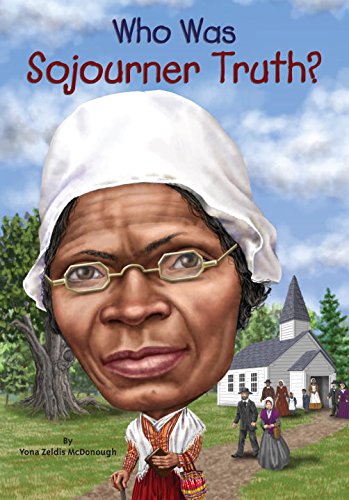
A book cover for Who Was Sojourner Truth?; Yona Zeldis McDonough; Children's Books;